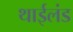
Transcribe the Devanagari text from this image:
थाईलंड